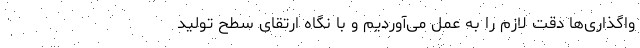
واگذاری‌ها دقت لازم را به عمل می‌آوردیم و با نگاه ارتقای سطح تولید